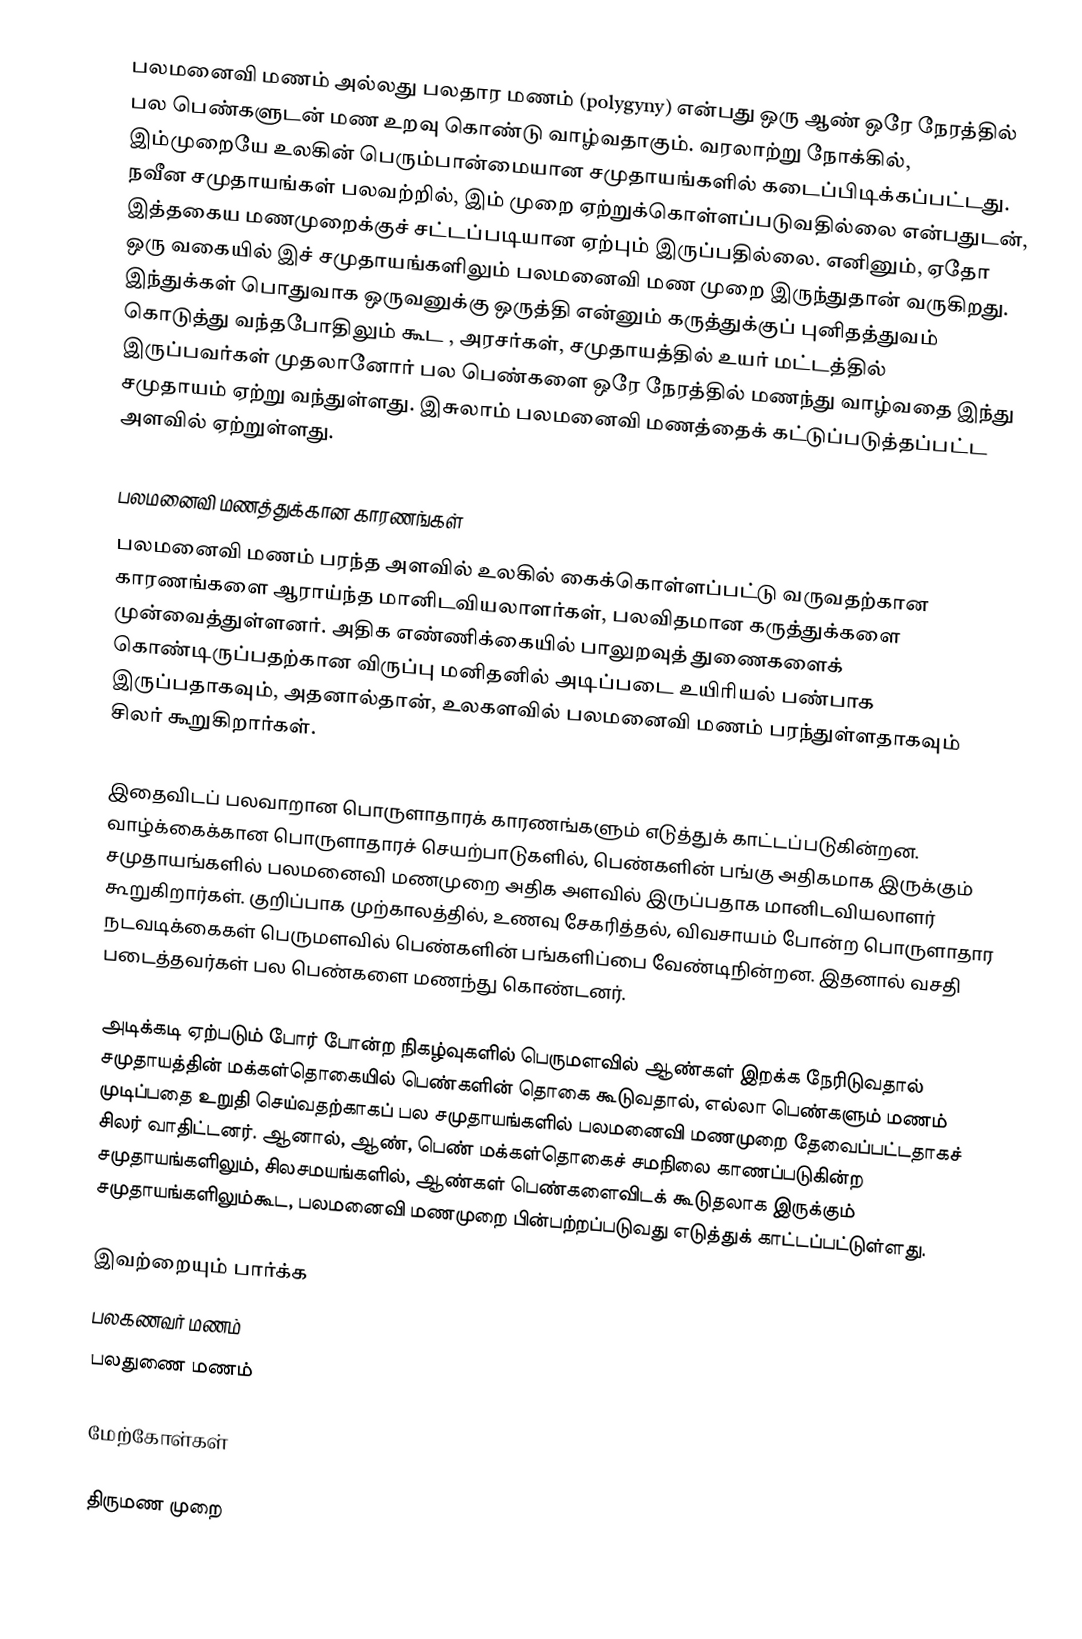
பலமனைவி மணம் அல்லது பலதார மணம் (polygyny) என்பது ஒரு ஆண் ஒரே நேரத்தில் பல பெண்களுடன் மண உறவு கொண்டு வாழ்வதாகும். வரலாற்று நோக்கில், இம்முறையே உலகின் பெரும்பான்மையான சமுதாயங்களில் கடைப்பிடிக்கப்பட்டது. நவீன சமுதாயங்கள் பலவற்றில், இம் முறை ஏற்றுக்கொள்ளப்படுவதில்லை என்பதுடன், இத்தகைய மணமுறைக்குச் சட்டப்படியான ஏற்பும் இருப்பதில்லை. எனினும், ஏதோ ஒரு வகையில் இச் சமுதாயங்களிலும் பலமனைவி மண முறை இருந்துதான் வருகிறது. இந்துக்கள் பொதுவாக ஒருவனுக்கு ஒருத்தி என்னும் கருத்துக்குப் புனிதத்துவம் கொடுத்து வந்தபோதிலும் கூட , அரசர்கள், சமுதாயத்தில் உயர் மட்டத்தில் இருப்பவர்கள் முதலானோர் பல பெண்களை ஒரே நேரத்தில் மணந்து வாழ்வதை இந்து சமுதாயம் ஏற்று வந்துள்ளது. இசுலாம் பலமனைவி மணத்தைக் கட்டுப்படுத்தப்பட்ட அளவில் ஏற்றுள்ளது.

பலமனைவி மணத்துக்கான காரணங்கள்
பலமனைவி மணம் பரந்த அளவில் உலகில் கைக்கொள்ளப்பட்டு வருவதற்கான காரணங்களை ஆராய்ந்த மானிடவியலாளர்கள், பலவிதமான கருத்துக்களை முன்வைத்துள்ளனர். அதிக எண்ணிக்கையில் பாலுறவுத் துணைகளைக் கொண்டிருப்பதற்கான விருப்பு மனிதனில் அடிப்படை உயிரியல் பண்பாக இருப்பதாகவும், அதனால்தான், உலகளவில் பலமனைவி மணம் பரந்துள்ளதாகவும் சிலர் கூறுகிறார்கள்.

இதைவிடப் பலவாறான பொருளாதாரக் காரணங்களும் எடுத்துக் காட்டப்படுகின்றன. வாழ்க்கைக்கான பொருளாதாரச் செயற்பாடுகளில், பெண்களின் பங்கு அதிகமாக இருக்கும் சமுதாயங்களில் பலமனைவி மணமுறை அதிக அளவில் இருப்பதாக மானிடவியலாளர் கூறுகிறார்கள். குறிப்பாக முற்காலத்தில், உணவு சேகரித்தல், விவசாயம் போன்ற பொருளாதார நடவடிக்கைகள் பெருமளவில் பெண்களின் பங்களிப்பை வேண்டிநின்றன. இதனால் வசதி படைத்தவர்கள் பல பெண்களை மணந்து கொண்டனர்.

அடிக்கடி ஏற்படும் போர் போன்ற நிகழ்வுகளில் பெருமளவில் ஆண்கள் இறக்க நேரிடுவதால் சமுதாயத்தின் மக்கள்தொகையில் பெண்களின் தொகை கூடுவதால், எல்லா பெண்களும் மணம் முடிப்பதை உறுதி செய்வதற்காகப் பல சமுதாயங்களில் பலமனைவி மணமுறை தேவைப்பட்டதாகச் சிலர் வாதிட்டனர். ஆனால், ஆண், பெண் மக்கள்தொகைச் சமநிலை காணப்படுகின்ற சமுதாயங்களிலும், சிலசமயங்களில், ஆண்கள் பெண்களைவிடக் கூடுதலாக இருக்கும் சமுதாயங்களிலும்கூட, பலமனைவி மணமுறை பின்பற்றப்படுவது எடுத்துக் காட்டப்பட்டுள்ளது.

இவற்றையும் பார்க்க
 பலகணவர் மணம்
 பலதுணை மணம்

மேற்கோள்கள்

திருமண முறை